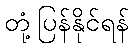
တုံ့ပြန်နိုင်ရန်